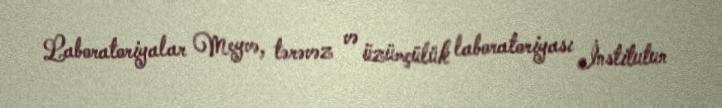
Laboratoriyalar Meyvə, tərəvəz və üzümçülük laboratoriyası İnstitutun